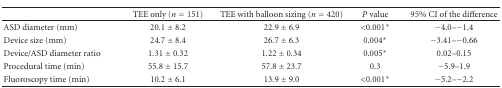
|  | TEE only (n = 151) | TEE with balloon sizing (n = 420) | P value | 95% CI of the difference |
 | --- | --- | --- | --- | --- |
 | ASD diameter (mm) | 20.1 ± 8.2 | 22.9 ± 6.9 | <0.001∗ | −4.0–−1.4 |
 | Device size (mm) | 24.7 ± 8.4 | 26.7 ± 6.3 | 0.004∗ | −3.41–−0.66 |
 | Device/ASD diameter ratio | 1.31 ± 0.32 | 1.22 ± 0.34 | 0.005∗ | 0.02–0.15 |
 | Procedural time (min) | 55.8 ± 15.7 | 57.8 ± 23.7 | 0.3 | −5.9–1.9 |
 | Fluoroscopy time (min) | 10.2 ± 6.1 | 13.9 ± 9.0 | <0.001∗ | −5.2–−2.2 |